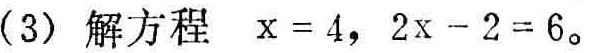
(3) 解方程 \(x = 4,\ 2x - 2 = 6\)。